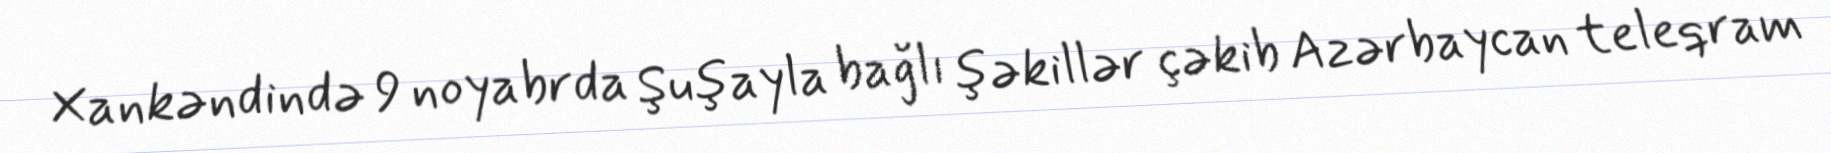
Xankəndində 9 noyabrda Şuşayla bağlı şəkillər çəkib Azərbaycan teleqram